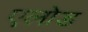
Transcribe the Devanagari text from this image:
एलोड